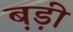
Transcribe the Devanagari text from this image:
ब़ड़ी